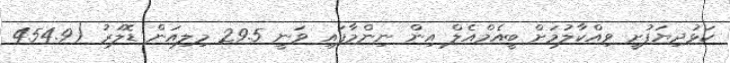
ކަޅުދިޔަފުށީ ވިއްކާލުމަށް ބީއެމްއެލް އިން ނިންމާފައި ވަނީ 29.5 މިލިއަން ޑޮލަރު (454.9